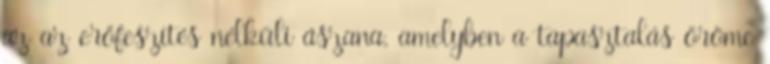
az az erőfeszítés nélküli ászana, amelyben a tapasztalás öröme